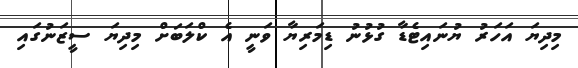
މިދިޔަ އަހަރު ޔުނައިޓެޑާ ގުޅުނު ޑިމަރިޔާ ވަނީ އެ ކްލަބަށް މިދިޔަ ސީޒަނުގައި